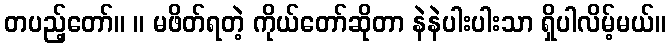
တပည့်တော်။ ။ မဖိတ်ရတဲ့ ကိုယ်တော်ဆိုတာ နဲနဲပါးပါးသာ ရှိပါလိမ့်မယ်။